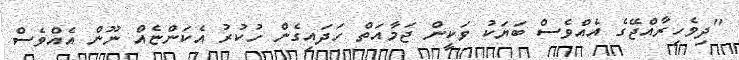
"ދިވެހިރާއްޖޭގެ އެއްވެސް ބަޔަކު ވަކީން ޖަމާއަތް ހަދައިގެން ހުކުރު އެކަންޏެއްް ނޫން އެއްވެސް